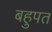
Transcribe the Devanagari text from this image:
बहुपत